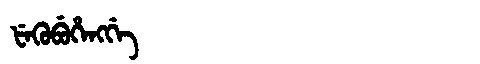
Manchu: ᡶᡝᡴᡠᠪᡠᡥᡝᠩᡤᡝ
Romanization: FEKUBUHENGGE